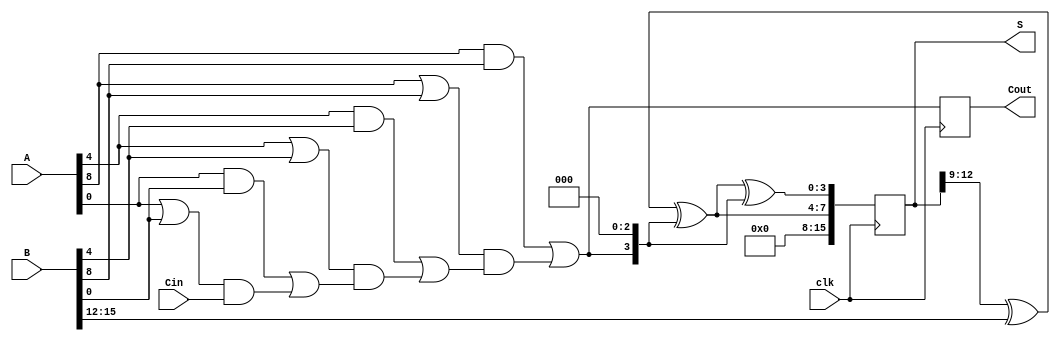
module PipelinedCSLA #(parameter N = 16, // Total bit width
                       parameter M = 4)  // Segment size
(
    input [N-1:0] A,        // First operand
    input [N-1:0] B,        // Second operand
    input Cin,              // Carry-in
    input clk,              // Clock signal
    output reg [N-1:0] S,   // Sum output
    output reg Cout         // Carry-out
);

    // Number of segments
    localparam NUM_SEGMENTS = N / M;

    // Internal signals
    wire [M-1:0] G[NUM_SEGMENTS-1:0]; // Generate signals
    wire [M-1:0] P[NUM_SEGMENTS-1:0]; // Propagate signals
    wire [M-1:0] S0[NUM_SEGMENTS-1:0]; // Sum with Cin = 0
    wire [M-1:0] S1[NUM_SEGMENTS-1:0]; // Sum with Cin = 1
    wire [NUM_SEGMENTS:0] C; // Carry signals

    // Generate and propagate signals for each segment
    genvar i, j;
    generate
        for (i = 0; i < NUM_SEGMENTS; i = i + 1) begin : segment
            for (j = 0; j < M; j = j + 1) begin : bit
                assign G[i][j] = A[i*M + j] & B[i*M + j]; // Generate
                assign P[i][j] = A[i*M + j] | B[i*M + j]; // Propagate
            end
            
            // Compute sums for both carry-in cases
            if (i == 0) begin
                assign S0[i] = A[i*M +: M] ^ B[i*M +: M]; // S0 for Cin = 0
                assign S1[i] = S0[i] ^ {C[i], {M-1{1'b0}}}; // S1 for Cin = 1
            end else begin
                assign S0[i] = S[i*M -: M] ^ B[i*M +: M] ^ {C[i], {M-1{1'b0}}}; // S0 for Cin = 0
                assign S1[i] = S0[i] ^ {C[i], {M-1{1'b0}}}; // S1 for Cin = 1
            end
        end
    endgenerate

    // Carry propagation
    assign C[0] = Cin; // Initial carry-in
    generate
        for (i = 0; i < NUM_SEGMENTS; i = i + 1) begin : carry
            if (i > 0) begin
                assign C[i] = G[i-1] | (P[i-1] & C[i-1]); // Carry-out for the segment
            end
        end
    endgenerate

    // Pipelining: Register outputs
    always @(posedge clk) begin
        // Register the sum and carry-out
        S <= {S0[NUM_SEGMENTS-1], S1[NUM_SEGMENTS-1]};
        Cout <= C[NUM_SEGMENTS-1];
    end

endmodule